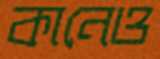
কানেও